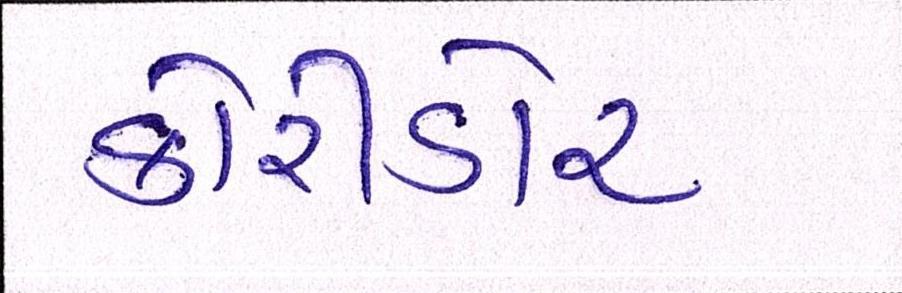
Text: કોરિડોર